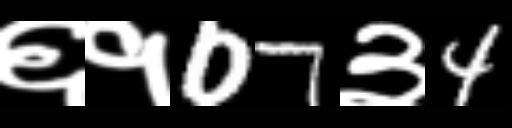
Text: ६१07३4